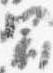
冠